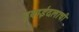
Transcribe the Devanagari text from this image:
हवाईदलाची